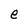
Character: e